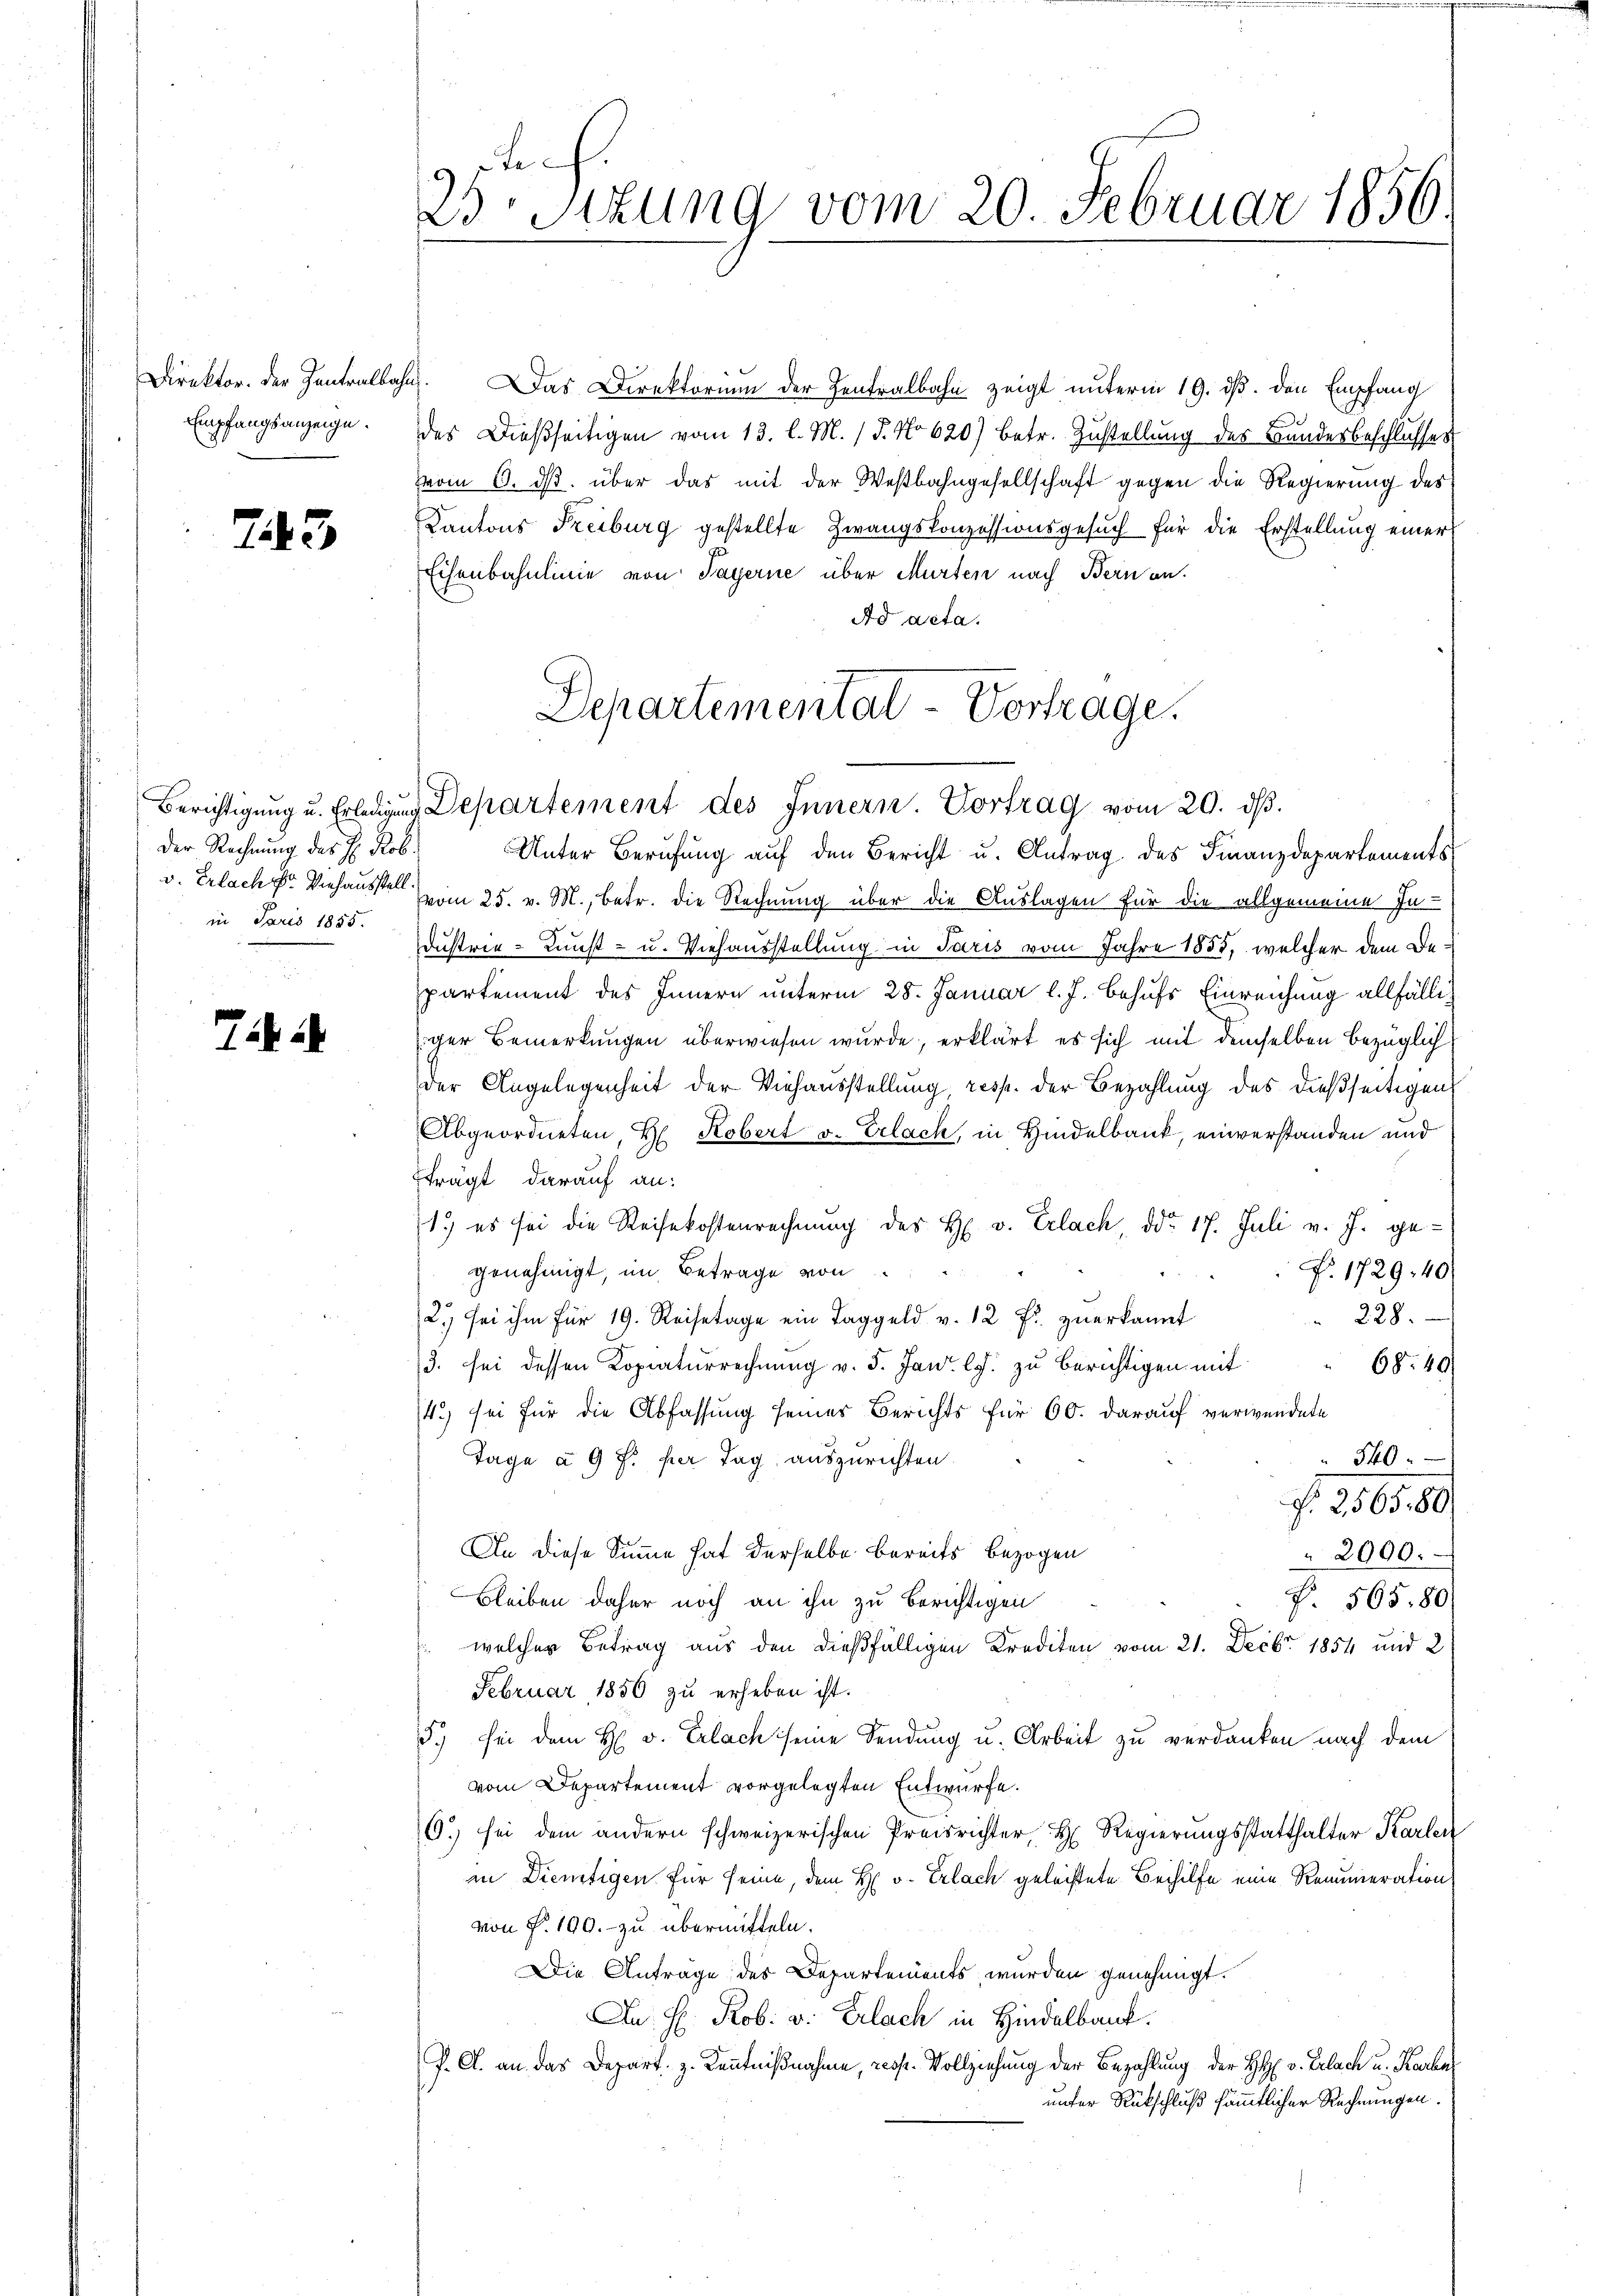
Direktor. Der Zentralbah¬
Empfangsanzeige.

743

Der Rechnung des H. Rob.
in Paris 1855.

e
23 Sitzung vom 20. Februar 1856.

b. Das Direktorium der Zentralbahn zeigt unterm 19. ds. den Empfang
des Dießseitigen vom 13. l. M. (T. No 620) betr. Zustellung des Bundesbeschlusses
vom 6. dβ über das mit der Weβbahngesellschaft gegen die Regierung des
Kantons Freiburg gestellte Zwangskonzessionsgesuch für die Erstellung einer
Eisenbahnlinie von Payerne über Murten nach Bern an.
Ad acta.

Departementat - Vortrage.
Berichtigŭng u. Erledigung Departement des Innern. Vortrag vom 20. dβ.

Unter Berŭfŭng aŭf den Bericht u. Antrag des Finanzdepartements
v. Erlach Viehause vom 25. v. M., betr. die Rechnung über die Auslagen für die allgemeine In-
Dustrie-Kunst- u. Viehausstellung in Paris vom Jahre 1855, welcher dem Bepartement des Innern unterm 28. Januar l. J. behufs Einreichung allfälliger Bemerkungen überwiesen wurde, erklärt es sich mit demselben bezüglich
der Angelegenheit der Viehausstellung, resp. der Bezahlung des dießseitigen
Abgeordneten, H. Robert v. Erlach, in Hindelbank, einverstanden und
trägt darauf an:
1.) es sei die Reisekostenrechnung des H. v. Erlach, ddo 17. Juli v. J. ge-
genehmigt, im Betrage von
F. 1729. 40
 228.
2.) sei ihm für 19. Reisetage ein Taggeld v. 12 Fr. zŭerkannt
/3. sei dessen Kopiaturrechnung v. 5. Janr. l. zu berichtigen mit
68. 49
4.) sei für die Abfassung seines Berichts für 60. darauf verwendete
Tage à 9 f. per Tag, auszurichten.
540
f. 256580
An diese Summe hat derselbe bereits bezogen
2900.
Bleiben daher noch an ihn zu berichtigen
P. 565. 80
welcher Betrag aus den dießfälligen Krediten vom 21. Decbr 1854 und 2
Februar 1856 zu erheben ist.
5.) bei dem H. v. Erlach seine Sendung u. Arbeit zu verdanken nach dem
vom Departement vorgelegten Entwurfe.
6.) sei dem andern schweizerischen Preisrichter, H. Regierŭngsstatthalter Karlen
in Dientigen für seine, dem H. v. Erlach geleistete Beihilfe eine Remuneration
von P. 190. - zu übermitteln.
Die Anträge des Departements wurden genehmigt.
Du: H. Rob. v. Erlach in Hindelbank.
P. C. an das Depart z. Kenntnißnahme, resp. Vollziehung der Bezahlung der H. v. Erlach u. Karten
unter Rückschluß sämmtlicher Rechnungen.